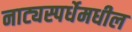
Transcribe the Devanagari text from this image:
नाट्यस्पर्धेमधील